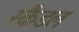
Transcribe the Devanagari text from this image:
स्‍कैंडल